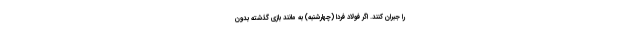
را جبران کنند. اگر فولاد فردا (چهارشنبه) به مانند بازی گذشته بدون